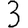
Digit: 3